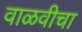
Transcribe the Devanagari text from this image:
वाळवीचा